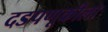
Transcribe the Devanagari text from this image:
दडपणूकीला